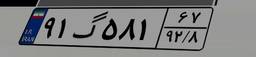
۹۱گ۵۸۱۶۷